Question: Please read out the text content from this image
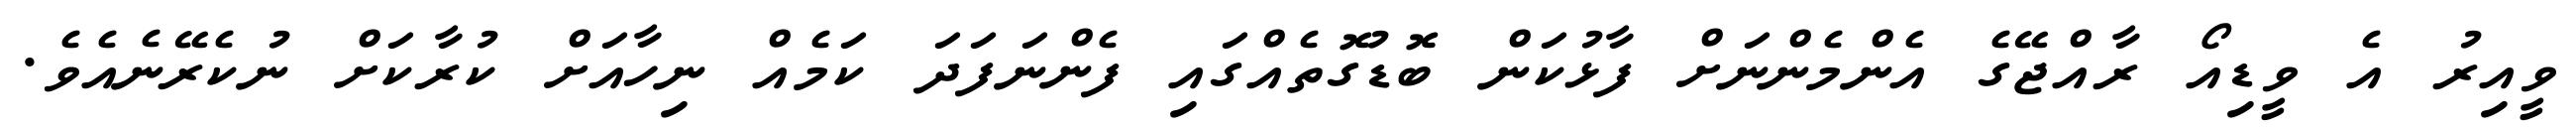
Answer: ވީއިރު އެ ވީޑިއޯ ރާއްޖޭގެ އެންމެންނަށް ފާޅުކަން ބޮޑުގޮތެއްގައި ފެންނަފަދަ ކަމެއް ނިހާއަށް ކުރާކަށް ނުކެރޭނެއެވެ.